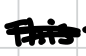
Text: This
Cross-out: double-line
Writing tool: digital_black